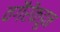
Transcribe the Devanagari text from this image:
वगैरेंकडून